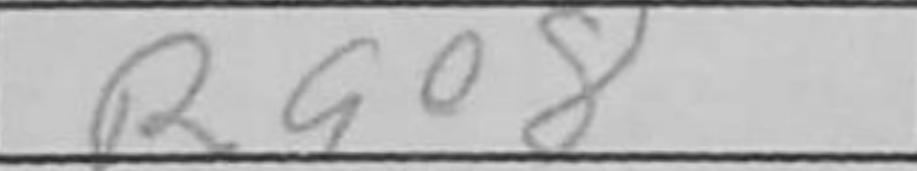
Transcription: Rae8